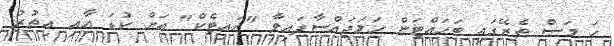
ހަ މަސް ތެރޭގައި ބަހައްޓަން ހަމަޖައްސާފައިވާ "ހައިޓެކް" އަށް ކުޑަ އާއި އިތުރު